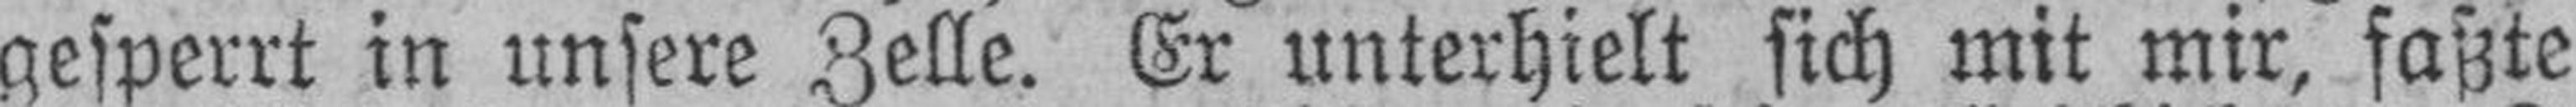
gesperrt in unsere Zelle. Er unterhielt sich mit mir, faßte